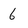
Character: 6